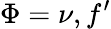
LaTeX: \Phi=\nu,f^{\prime}